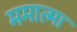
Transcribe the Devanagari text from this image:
ममात्मा